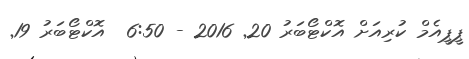
ޕީޕީއެމް ކުރިއަށް އޮކްޓޯބަރު 20